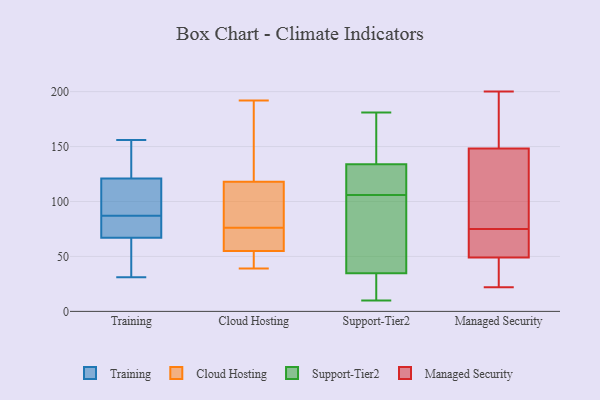
{"axis": {"x": "Conversion Rate (%)", "y": "Value"}, "legend": ["Cloud Hosting", "Managed Security", "Support-Tier2", "Training"], "data": [{"x": "", "y": 65, "type": "Training"}, {"x": "", "y": 67, "type": "Training"}, {"x": "", "y": 79, "type": "Training"}, {"x": "", "y": 31, "type": "Training"}, {"x": "", "y": 54, "type": "Training"}, {"x": "", "y": 110, "type": "Training"}, {"x": "", "y": 53, "type": "Training"}, {"x": "", "y": 121, "type": "Training"}, {"x": "", "y": 156, "type": "Training"}, {"x": "", "y": 79, "type": "Training"}, {"x": "", "y": 126, "type": "Training"}, {"x": "", "y": 95, "type": "Training"}, {"x": "", "y": 141, "type": "Training"}, {"x": "", "y": 79, "type": "Training"}, {"x": "", "y": 151, "type": "Training"}, {"x": "", "y": 77, "type": "Training"}, {"x": "", "y": 102, "type": "Training"}, {"x": "", "y": 107, "type": "Training"}, {"x": "", "y": 110, "type": "Cloud Hosting"}, {"x": "", "y": 50, "type": "Cloud Hosting"}, {"x": "", "y": 122, "type": "Cloud Hosting"}, {"x": "", "y": 65, "type": "Cloud Hosting"}, {"x": "", "y": 53, "type": "Cloud Hosting"}, {"x": "", "y": 148, "type": "Cloud Hosting"}, {"x": "", "y": 120, "type": "Cloud Hosting"}, {"x": "", "y": 112, "type": "Cloud Hosting"}, {"x": "", "y": 63, "type": "Cloud Hosting"}, {"x": "", "y": 61, "type": "Cloud Hosting"}, {"x": "", "y": 85, "type": "Cloud Hosting"}, {"x": "", "y": 76, "type": "Cloud Hosting"}, {"x": "", "y": 87, "type": "Cloud Hosting"}, {"x": "", "y": 63, "type": "Cloud Hosting"}, {"x": "", "y": 41, "type": "Cloud Hosting"}, {"x": "", "y": 39, "type": "Cloud Hosting"}, {"x": "", "y": 151, "type": "Cloud Hosting"}, {"x": "", "y": 46, "type": "Cloud Hosting"}, {"x": "", "y": 192, "type": "Cloud Hosting"}, {"x": "", "y": 116, "type": "Support-Tier2"}, {"x": "", "y": 85, "type": "Support-Tier2"}, {"x": "", "y": 173, "type": "Support-Tier2"}, {"x": "", "y": 174, "type": "Support-Tier2"}, {"x": "", "y": 15, "type": "Support-Tier2"}, {"x": "", "y": 140, "type": "Support-Tier2"}, {"x": "", "y": 106, "type": "Support-Tier2"}, {"x": "", "y": 33, "type": "Support-Tier2"}, {"x": "", "y": 103, "type": "Support-Tier2"}, {"x": "", "y": 165, "type": "Support-Tier2"}, {"x": "", "y": 40, "type": "Support-Tier2"}, {"x": "", "y": 17, "type": "Support-Tier2"}, {"x": "", "y": 181, "type": "Support-Tier2"}, {"x": "", "y": 103, "type": "Support-Tier2"}, {"x": "", "y": 10, "type": "Support-Tier2"}, {"x": "", "y": 107, "type": "Support-Tier2"}, {"x": "", "y": 113, "type": "Support-Tier2"}, {"x": "", "y": 19, "type": "Support-Tier2"}, {"x": "", "y": 113, "type": "Support-Tier2"}, {"x": "", "y": 55, "type": "Managed Security"}, {"x": "", "y": 137, "type": "Managed Security"}, {"x": "", "y": 75, "type": "Managed Security"}, {"x": "", "y": 152, "type": "Managed Security"}, {"x": "", "y": 184, "type": "Managed Security"}, {"x": "", "y": 133, "type": "Managed Security"}, {"x": "", "y": 61, "type": "Managed Security"}, {"x": "", "y": 22, "type": "Managed Security"}, {"x": "", "y": 47, "type": "Managed Security"}, {"x": "", "y": 26, "type": "Managed Security"}, {"x": "", "y": 200, "type": "Managed Security"}]}